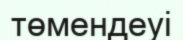
төмендеуі